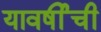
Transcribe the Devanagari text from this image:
यावर्षीची